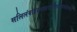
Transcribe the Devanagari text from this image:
सलिलंवोइदमन्तरासीतयदतरस्तंताकानां